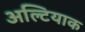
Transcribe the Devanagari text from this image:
अल्टियाक